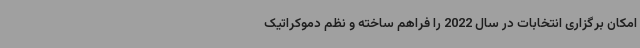
امکان برگزاری انتخابات در سال 2022 را فراهم ساخته و نظم دموکراتیک